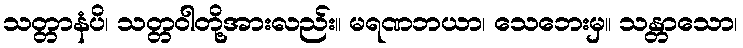
သတ္တာနံပိ၊ သတ္တဝါတို့အားလည်း။ မရဏဘယာ၊ သေဘေးမှ။ သန္တာသော၊